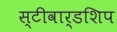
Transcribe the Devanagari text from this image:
स्टीवार्डशिप